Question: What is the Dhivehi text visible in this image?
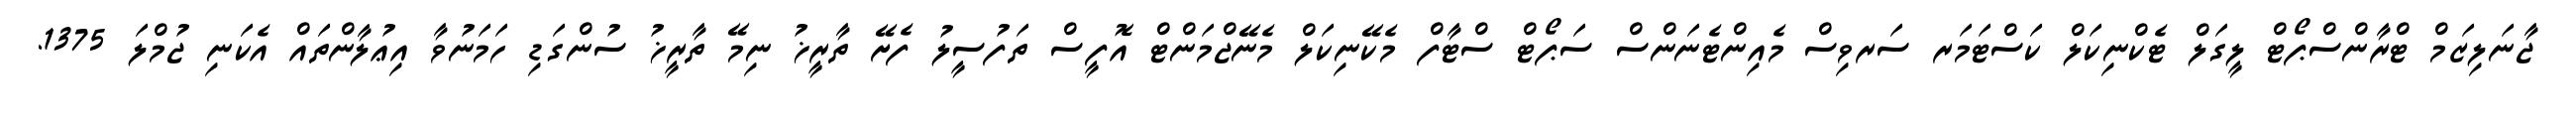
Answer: ޖާނަލިޒަމް ޓްރާންސްޕޯޓް ލީގަލް ޓެކްނިކަލް ކަސްޓަމަރ ސަރވިސް މެއިންޓެނަންސް ސަޕޯޓް ސްޓާފް މެކޭނިކަލް މެނޭޖްމަންޓް އޮފީސް ތަފުސީލު ފެށޭ ތާރީޚު ނިމޭ ތާރީޚު ސުންގަޑި ހަމަނުވާ އިޢުލާންތައް އެކަނި ޖުމްލަ 1375.